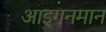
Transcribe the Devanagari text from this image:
आइगनमान